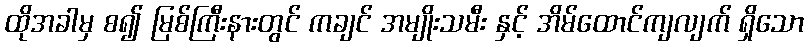
ထိုအခါမှ စ၍ မြစ်ကြီးနားတွင် ကချင် အမျိုးသမီး နှင့် အိမ်ထောင်ကျလျက် ရှိသော